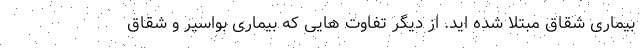
بیماری شقاق مبتلا شده اید. از دیگر تفاوت هایی که بیماری بواسیر و شقاق